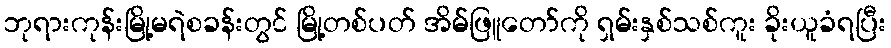
ဘုရားကုန်းမြို့မရဲစခန်းတွင် မြို့တစ်ပတ် အိမ်ဖြူတော်ကို ရှမ်းနှစ်သစ်ကူး ခိုးယူခံရပြီး